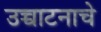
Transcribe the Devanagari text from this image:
उच्चाटनाचे